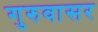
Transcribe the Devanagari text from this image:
गुरुवासर